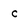
Character: c